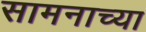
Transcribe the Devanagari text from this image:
सामनाच्या